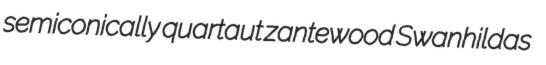
semiconically quartaut zantewood Swanhildas